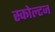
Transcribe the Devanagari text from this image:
स्कोल्टज